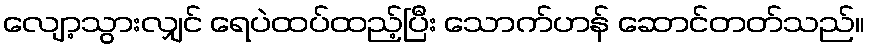
လျော့သွားလျှင် ရေပဲထပ်ထည့်ပြီး သောက်ဟန် ဆောင်တတ်သည်။